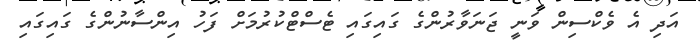
އަދި އެ ވެކްސިން ވަނީ ޖަނަވާރުންގެ ގައިގައި ޓެސްޓްކުރުމަށް ފަހު އިންސާނުންގެ ގައިގައި